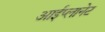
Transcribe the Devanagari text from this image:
आईप्लानेट